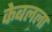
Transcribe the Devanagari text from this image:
केबलला